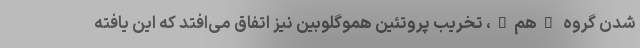
شدن گروه "هِم"، تخریب پروتئین هموگلوبین نیز اتفاق می‌افتد که این یافته